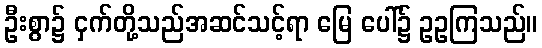
ဦးစွာ၌ ငှက်တို့သည်အဆင်သင့်ရာ မြေ ပေါ်၌ ဥဥကြသည်။